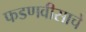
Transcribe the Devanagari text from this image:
फडणवीसाचे